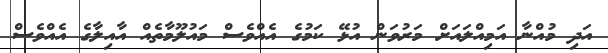
އަދި މުއްނާ އަމިއްލައަށް މަރުވަން އުޅޭ ކަމުގެ އެއްވެސް މައުލޫމާތެއް އާއިލާގެ އެއްވެސް